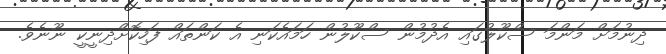
ދިނުމަށް މަންމަ ސްކޫލުގައި އެދުމުން ސްކޫލުން ހަމައެކަނި އެ ކަންތައް ފަހިކޮށްދިނީކީ ނޫނެވެ.